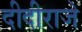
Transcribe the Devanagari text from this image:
दीदीराजे